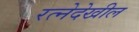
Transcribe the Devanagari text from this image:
रत्‍नेदेखील